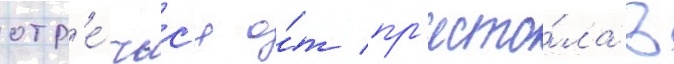
отр'е́чьс'я о́т пр'есто́ла в